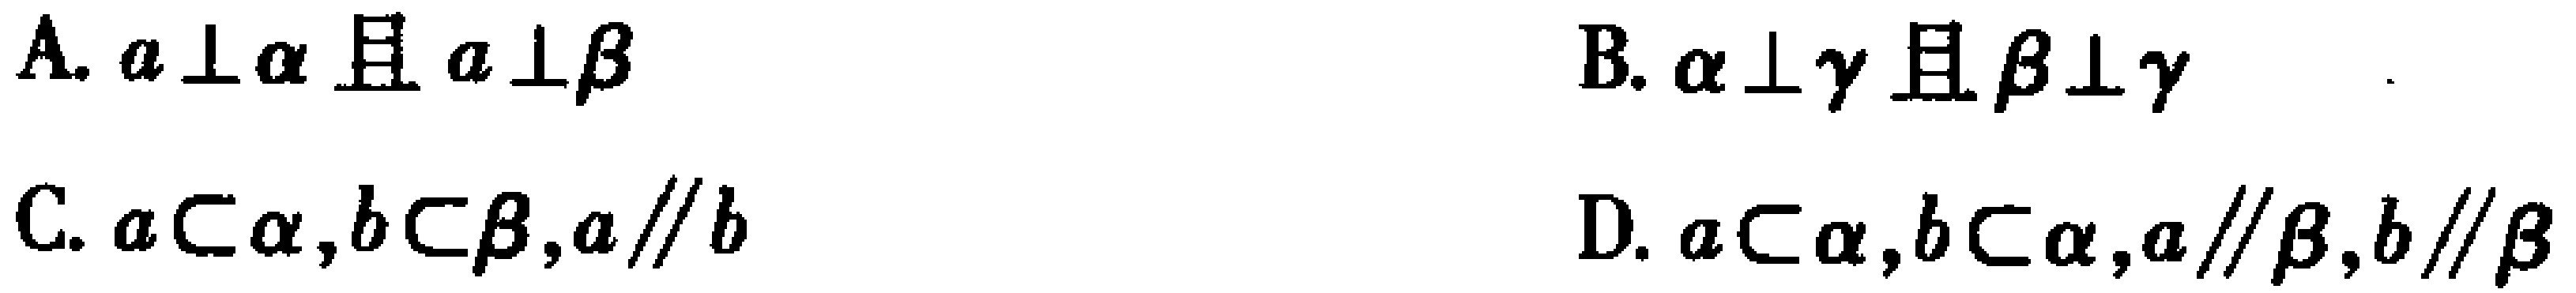
A. \(a\perp\alpha\)且\(a\perp\beta\)
B. \(\alpha\perp\gamma\)且\(\beta\perp\gamma\)
C. \(a\subset\alpha,b\subset\beta,a\parallel b\)
D. \(a\subset\alpha,b\subset\alpha,a\parallel\beta,b\parallel\beta\)